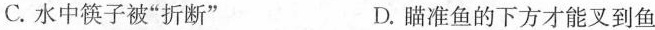
C.水中筷子被”折断” D.瞄准鱼的下方才能叉到鱼